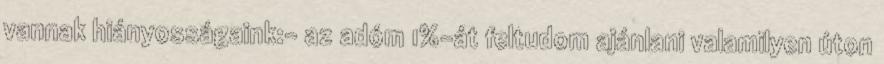
vannak hiányosságaink:- az adóm 1%-át feltudom ajánlani valamilyen úton